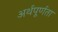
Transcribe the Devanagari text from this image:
अर्थपूर्णता